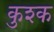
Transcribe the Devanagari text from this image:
कुश्क